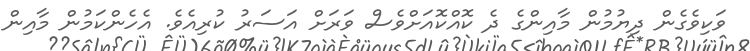
ވަކިވެގެން ދިޔުމުން މާއިންގެ ދެ ކޮއްކޮއަށްވެސް ވަރަށް އަސަރު ކުރިއެވެ. އެހެންކަމުން މާއިން